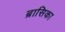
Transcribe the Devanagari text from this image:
ब्रासिका